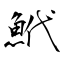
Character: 鮘